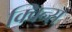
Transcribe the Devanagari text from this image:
क्विन्‍स